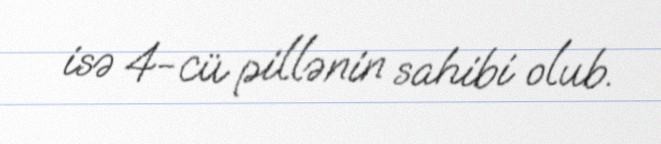
isə 4-cü pillənin sahibi olub.